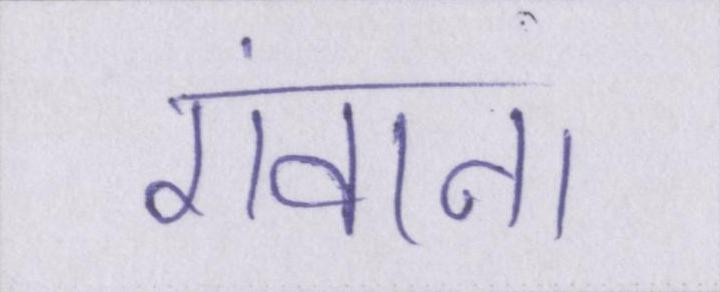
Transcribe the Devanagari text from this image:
गंवाना